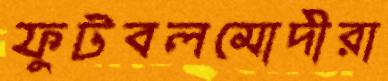
ফুটবলমোদীরা